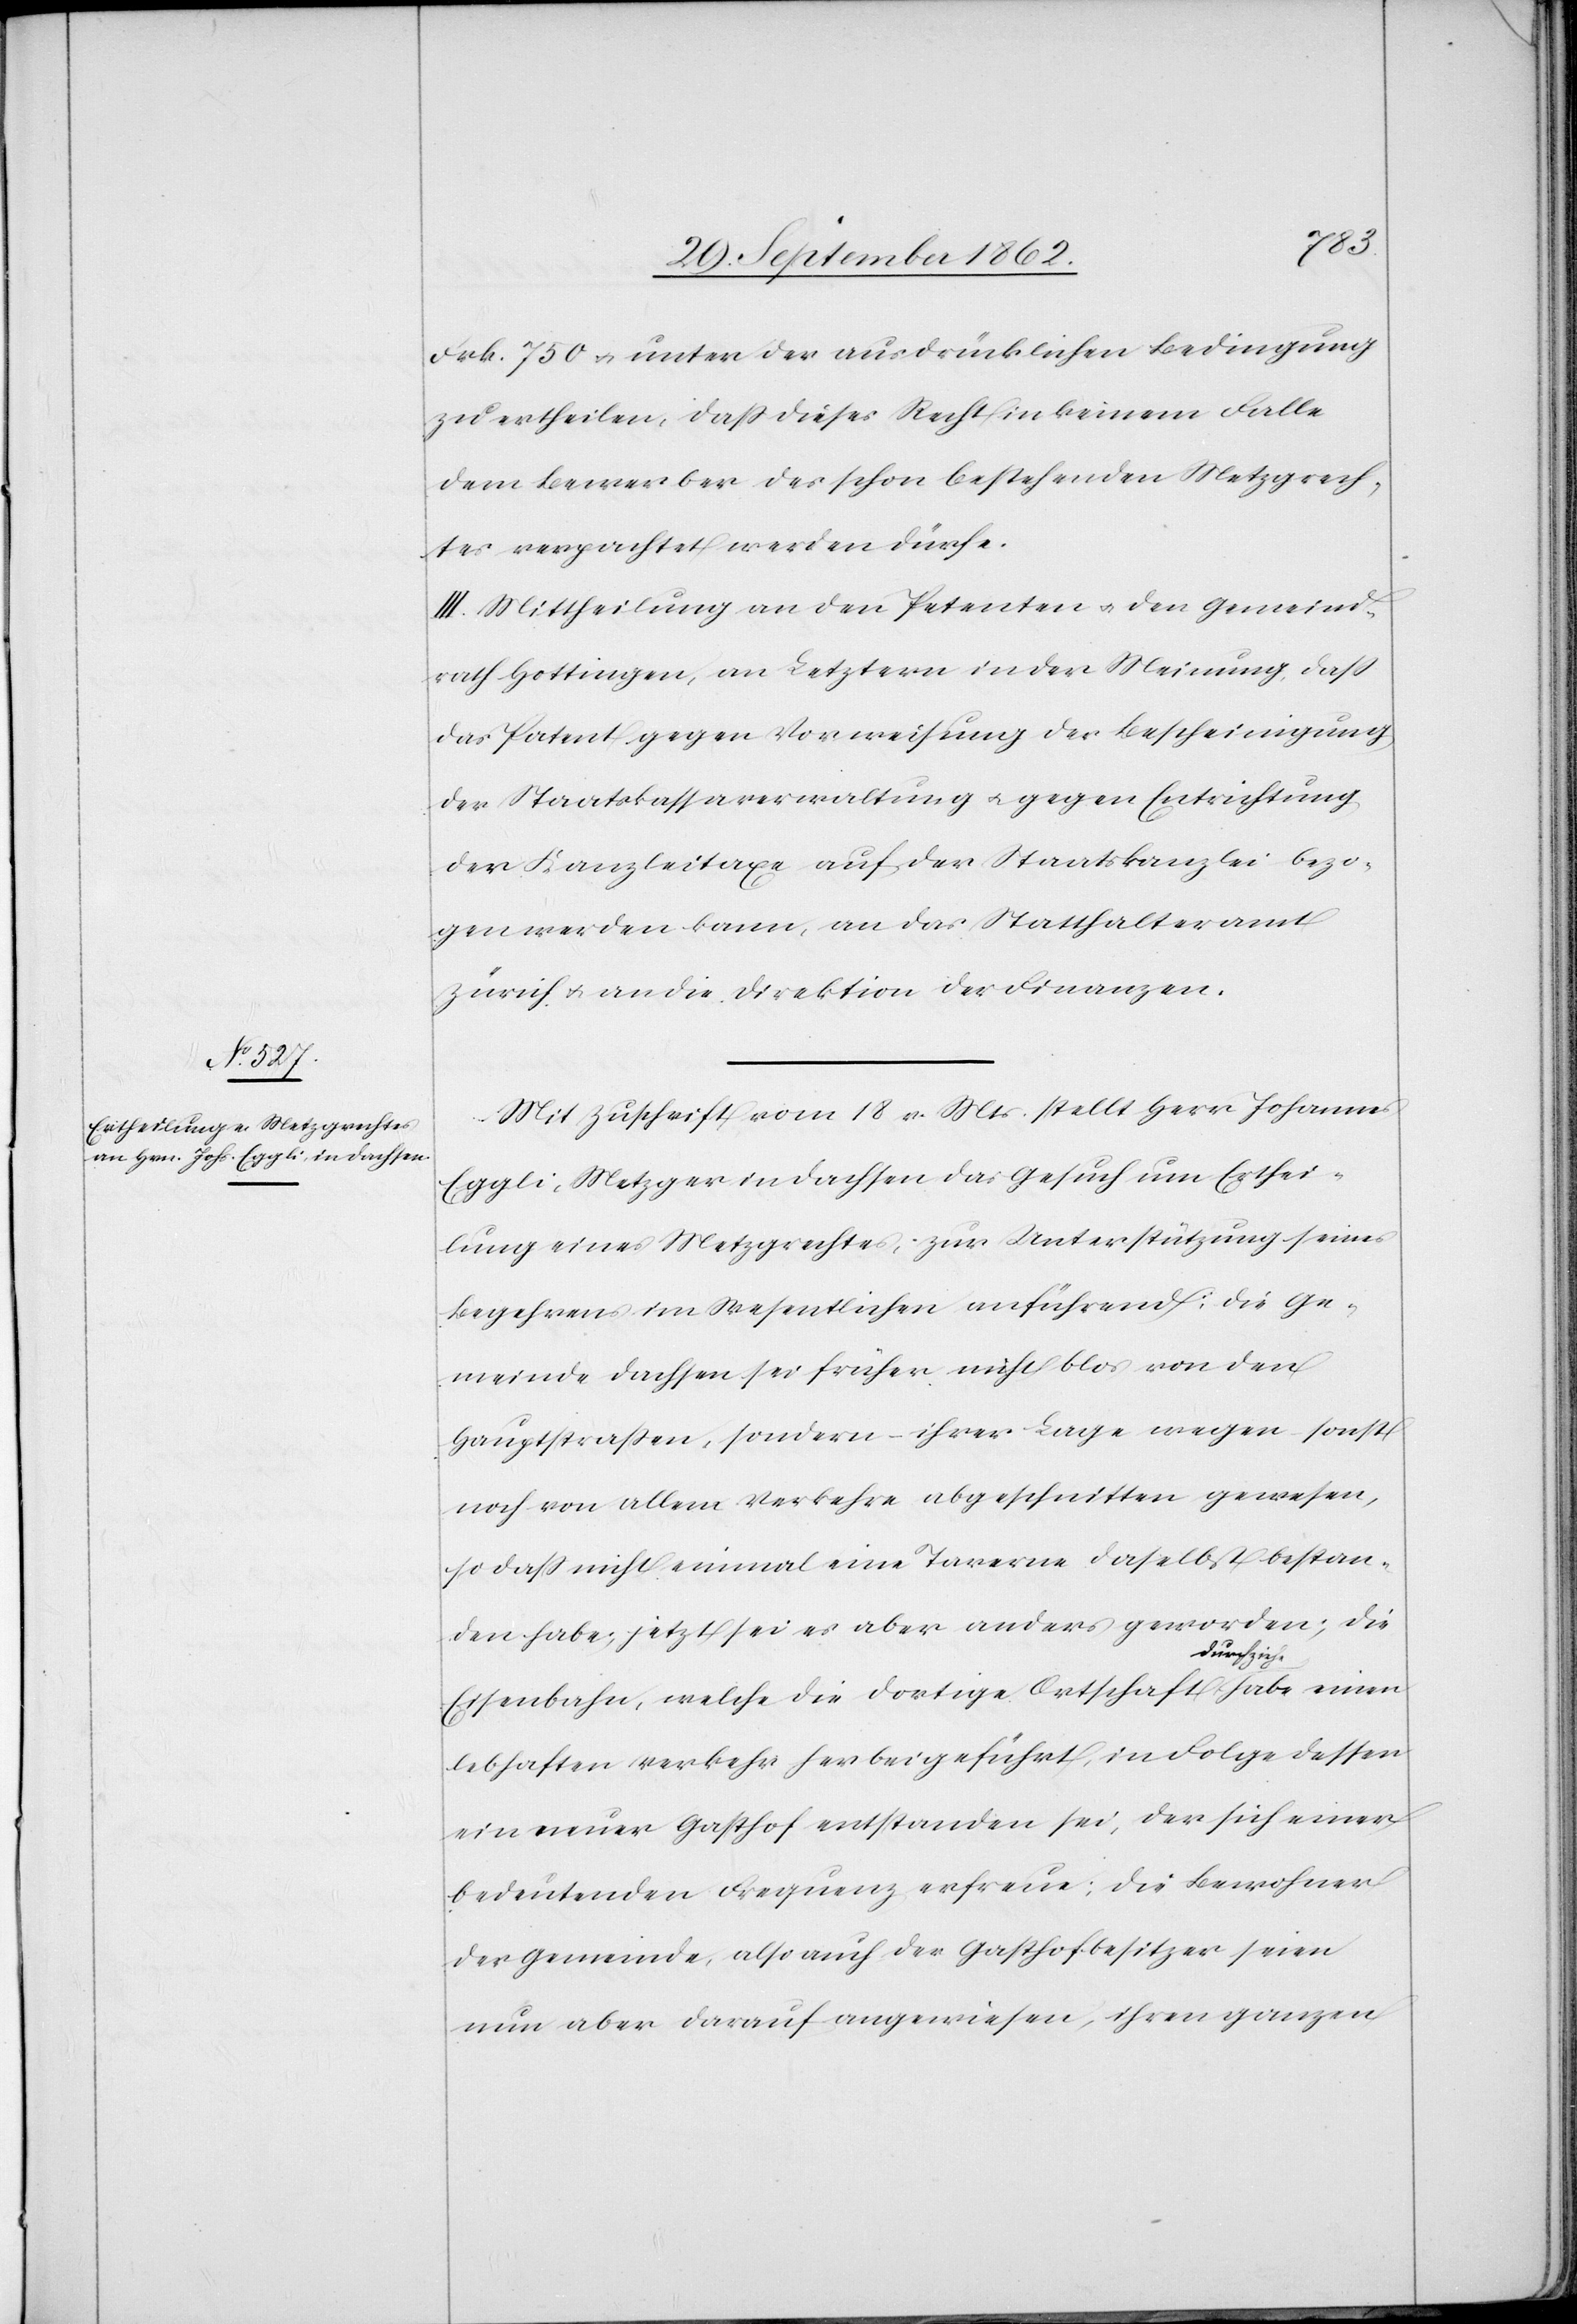
Frk. 750 u. unter der ausdrücklichen Bedingung
zu ertheilen, daß dieses Recht in keinem Falle
dem Bewerber des schon bestehenden Metzgrech¬
tes verpachtet werden dürfe.
II. Mittheilung an den Petenten u. den Gemeind¬
rath Hottingen, an Letztern in der Meinung, daß
das Patent gegen Vorweisung der Bescheinigung
der Staatskassaverwaltung u. gegen Entrichtung
der Kanzleitaxe auf der Staatskanzlei bezo¬
gen werden kann, an das Statthalteramt
Zürich u. an die Direktion der Finanzen.
Mit Zuschrift vom 18.v. Mts. stellt Herr Johannes
Eggli, Metzger in Dachsen das Gesuch um Erthei¬
lung eines Metzgrechtes, zur Unterstützung seines
Begehrens im Wesentlichen anführend: die Ge¬
meinde Dachsen sei früher nicht blos von den
Hauptstraßen, sondern – ihrer Lage wegen – sonst
noch von allem Verkehre abgeschnitten gewesen,
so daß nicht einmal eine Taverne daselbst bestan¬
den habe; jetzt sei es aber anders geworden; die
Eisenbahn, welche die dortige Ortschaft durchziehe habe einen
lebhaften Verkehr herbeigeführt, in Folge dessen
ein neuer Gasthof entstanden sei, der sich einer
bedeutenden Frequenz erfreue; die Bewohner
der Gemeinde, also auch der Gasthofbesitzer seien
nun aber darauf angewiesen, ihren ganzen